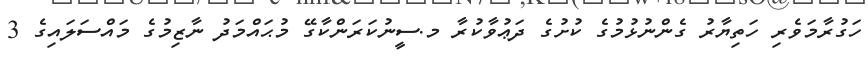
ހަގުރާމަވެރި ހަތިޔާރު ގެންނުޅުމުގެ ކުށުގެ ދަޢުވާކުރާ މ.ސީނުކަރަންކާގޭ މުޙައްމަދު ނާޒިމުގެ މައްސަލައިގެ 3